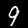
Digit: 9